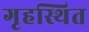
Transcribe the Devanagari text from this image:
गृहस्थित